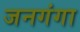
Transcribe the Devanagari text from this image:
जनगंगा